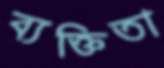
ব্যক্তিতা